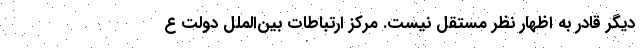
دیگر قادر به اظهار نظر مستقل نیست. مرکز ارتباطات بین‌الملل دولت ع